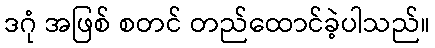
ဒဂုံ အဖြစ် စတင် တည်ထောင်ခဲ့ပါသည်။